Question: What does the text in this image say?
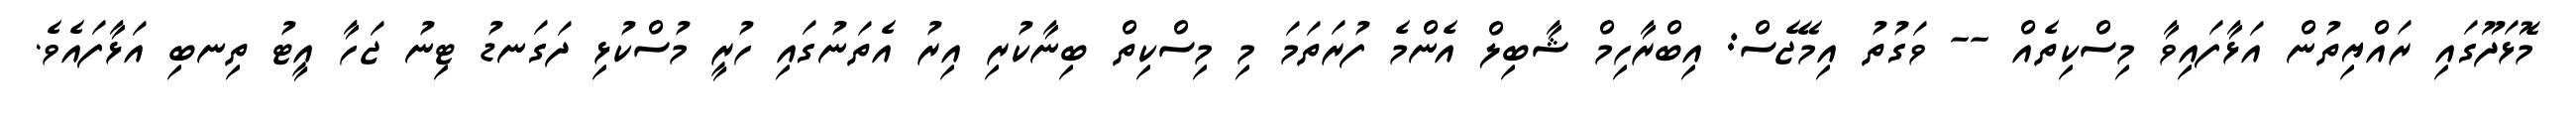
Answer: މޮޅަދޫގައި ރައްޔިތުން އަޅާފައިވާ މިސްކިތެއް -- ވަގުތު އިމޭޖެސް: އިބްރާހިމް ޝާބިލް އެންމެ ފުރަތަމަ މި މިސްކިތް ބިނާކުރި އިރު އެތަނުގައި ހުރީ މުސްކުޅި ދަގަނޑު ޓިނު ޖަހާ އީޓު ތިނބި އަޅާފައެވެ.